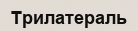
Трилатераль